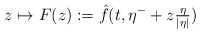
\begin{align*}z\mapsto F(z):= \hat{f}(t,\eta^- + z\tfrac{\eta}{|\eta|})\end{align*}